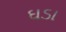
ઘડા